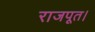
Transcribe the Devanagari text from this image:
राजपूत।